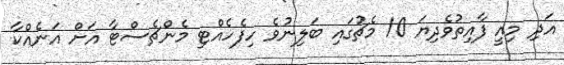
އަދި މިއީ ފާއިތުވެދިޔަ 10 މެޗުގައި ބަލިނުވެ ހިފެހެއްޓި މެންޗެސްޓާ އަށް އަނެއްކާ